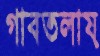
গাবতলায়